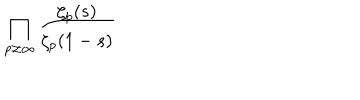
\prod _ { p \neq \infty } ^ { { } } \frac { \zeta _ { p } ( s ) } { \zeta _ { p } ( 1 - s ) }